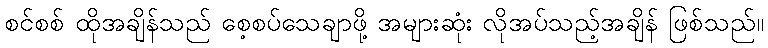
စင်စစ် ထိုအချိန်သည် စေ့စပ်သေချာဖို့ အများဆုံး လိုအပ်သည့်အချိန် ဖြစ်သည်။